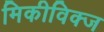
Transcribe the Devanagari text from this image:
मिकीविक्ज